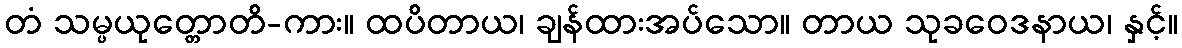
တံ သမ္ပယုတ္တောတိ-ကား။ ထပိတာယ၊ ချန်ထားအပ်သော။ တာယ သုခဝေဒနာယ၊ နှင့်။